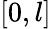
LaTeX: [0,l]